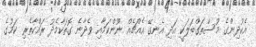
އެކުދިންގެ މުސްތަގްބަލަކީ އަދި އެނގޭ އެއްޗެއް ނޫންކަމާއި ވެދާނެ ގޮތަކާމެދު ރައްކާތެރި ކަމުގެ